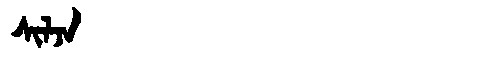
Manchu: ᠰᡳᠯᠵᠠ
Romanization: SILJA